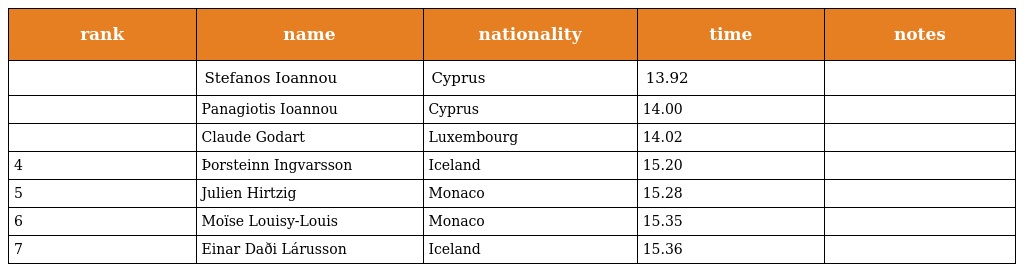
| rank | name | nationality | time | notes |
 | --- | --- | --- | --- | --- |
 |  | Stefanos Ioannou | Cyprus | 13.92 |  |
 |  | Panagiotis Ioannou | Cyprus | 14.00 |  |
 |  | Claude Godart | Luxembourg | 14.02 |  |
 | 4 | Þorsteinn Ingvarsson | Iceland | 15.20 |  |
 | 5 | Julien Hirtzig | Monaco | 15.28 |  |
 | 6 | Moïse Louisy-Louis | Monaco | 15.35 |  |
 | 7 | Einar Daði Lárusson | Iceland | 15.36 |  |